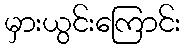
မှားယွင်းကြောင်း